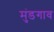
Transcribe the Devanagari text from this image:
मुंडगाव